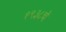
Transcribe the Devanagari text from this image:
१९३८चे